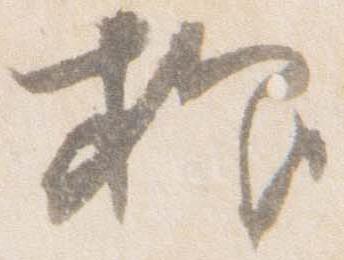
抑